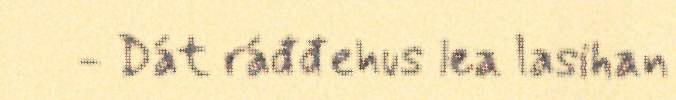
- Dát ráđđehus lea lasihan